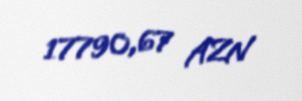
17790,67 AZN